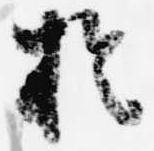
於